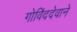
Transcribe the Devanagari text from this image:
गोविंददेवाने